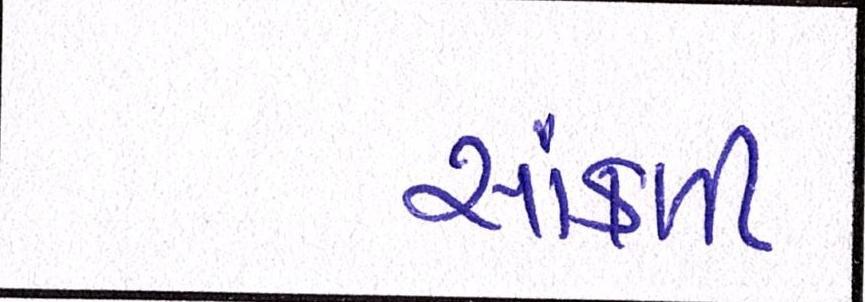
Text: સાંકળી